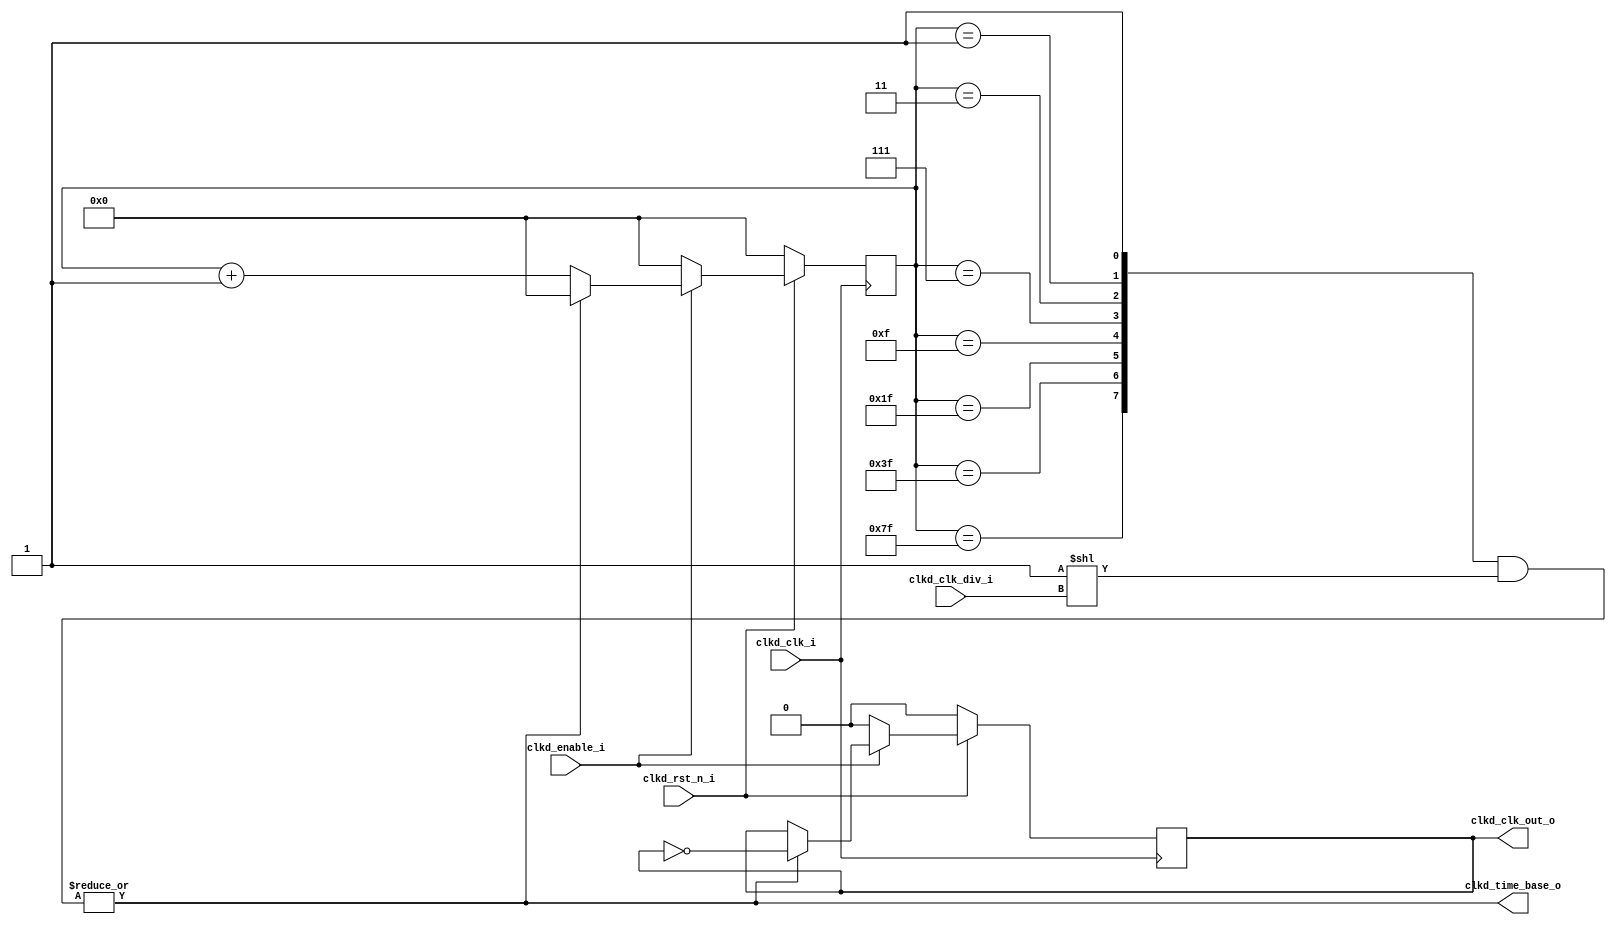
module spi_ip_clk_div
#(
	parameter PARAM_MAX_DIV = 8 // this parameter is the log2(.) of the bigger value of clock division . Ex.: clk_div = 64 => MAX_DIV = 5
)(
	//OUTPUTS
	output reg clkd_clk_out_o,                            //time base obtained by clock division
	output clkd_time_base_o,                              //Enable signal indicating when there is a transition in signal clkd_clk_out_o 
	input clkd_enable_i,                                  //enable clock division
	input [clogb2(PARAM_MAX_DIV) - 1 : 0] clkd_clk_div_i, //select clock divisor. Ex.: clk_div = 0 -> /2, clk_div = 1 -> /4 etc
	input clkd_rst_n_i,                                   //reset
	input clkd_clk_i                                      //clock
);

//Ceiling of the log-base 2 of a number
function integer clogb2;
  input [31:0] value;
  reg div2;
  begin
 	  for (clogb2 = 0; value > 0; clogb2 = clogb2 + 1)
      value = value >> 1;
  end
endfunction

//Flip flops
reg [PARAM_MAX_DIV - 1 : 0] cnt_ff;

//Internal Signals
wire [PARAM_MAX_DIV - 1 : 0] sub_clear_cnt;
wire [PARAM_MAX_DIV - 1 : 0] clk_div_dec;
wire clear_cnt;

//Comparators
generate
	genvar k;

	for(k = 0; k < PARAM_MAX_DIV; k = k + 1)
		begin
			if(k == 0)
				assign sub_clear_cnt[k] = 1'b1;
			else
				assign sub_clear_cnt[k] = ( cnt_ff == (2**k - 1) );
		end

endgenerate

//div_sel Decoder
assign clk_div_dec = {{PARAM_MAX_DIV - 1{1'b0}}, 1'b1} << clkd_clk_div_i;

//generate signal to clear cnt_ff
assign clear_cnt = |(sub_clear_cnt & clk_div_dec);

//Counter
always @(posedge clkd_clk_i)
	begin
		if(!clkd_rst_n_i)
			cnt_ff <= {PARAM_MAX_DIV{1'b0}};
		else
			begin
				if(!clkd_enable_i)
					cnt_ff <= {PARAM_MAX_DIV{1'b0}};
				else
					if(clear_cnt)
						cnt_ff <= {PARAM_MAX_DIV{1'b0}};
					else
						cnt_ff <= cnt_ff + 1'b1;
			end
	end

always @(posedge clkd_clk_i) 
	begin
		if(!clkd_rst_n_i)
			clkd_clk_out_o <= 1'b0;
		else
			if(!clkd_enable_i)
				clkd_clk_out_o <= 1'b0;
			else
				if(clear_cnt)
					clkd_clk_out_o <= ~clkd_clk_out_o;
	end

//Whenever the main counter is reseted, there is a transition in the signal clkd_clk_out_o
assign clkd_time_base_o = clear_cnt;

endmodule